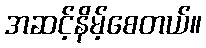
အဆင့်နိမ့်စေတယ်။